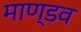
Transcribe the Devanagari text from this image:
माण्डव